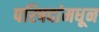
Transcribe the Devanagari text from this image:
परिषदांमधून